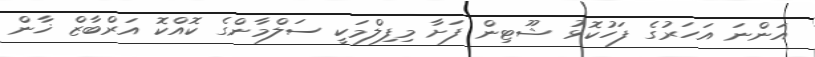
އަންނަ އަހަރުގެ ފަހުކޮޅު ޝޫޓިން ފަށާ މިފިލްމަކީ ސަލްމާންގެ ކޮއްކޮ އަރްބާޒް ޚާން